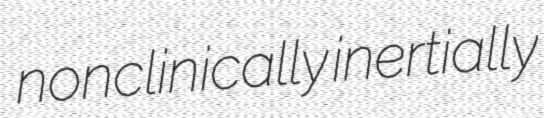
nonclinically inertially